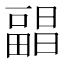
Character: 𰣕